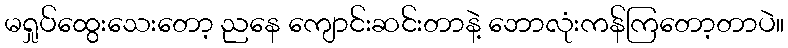
မရှုပ်ထွေးသေးတော့ ညနေ ကျောင်းဆင်းတာနဲ့ ဘောလုံးကန်ကြတော့တာပဲ။